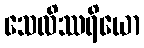
သေလိဿရိယော